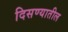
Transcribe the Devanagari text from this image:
दिसण्यातील